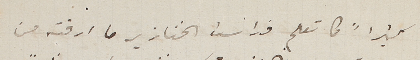
كثيراً كما تعلم فداست الخنازير ما ارقته من